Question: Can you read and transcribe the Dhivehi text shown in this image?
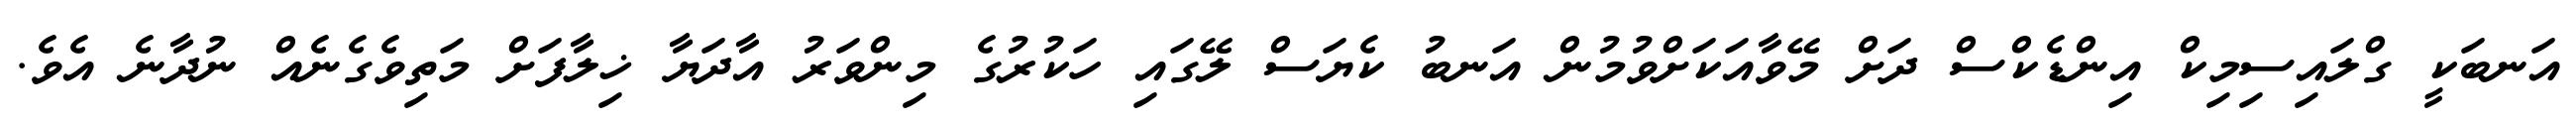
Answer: އަނބަކީ ގްލައިސިމިކް އިންޑެކްސް ދަށް މޭވާއަކަށްވުމުން އަނބު ކެޔަސް ލޭގައި ހަކުރުގެ މިންވަރު އާދަޔާ ޚިލާފަށް މަތިވެގެނެއް ނުދާނެ އެވެ.